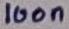
Text: 100n